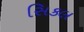
સિકલ